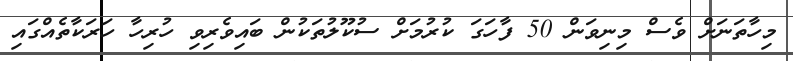
މިހާތަނަށް ވެސް މިނިވަން 50 ފާހަގަ ކުރުމަށް ސުކޫލުތަކުން ބައިވެރިވި ހުރިހާ ހަރަކާތެއްގައި